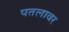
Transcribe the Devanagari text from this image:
पतलावर